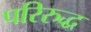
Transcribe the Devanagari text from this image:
परिरुद्ध